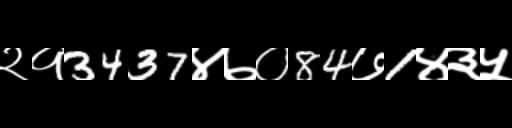
Text: २१3437४७०84७1४३५